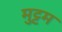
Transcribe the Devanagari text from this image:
मुट्टम